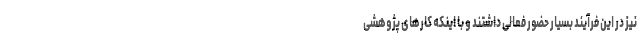
نیز در این فرآیند بسیار حضور فعالی داشتند و با اینکه کارهای پژوهشی